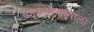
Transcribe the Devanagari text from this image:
व्याकरणशास्त्राला